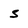
Character: s